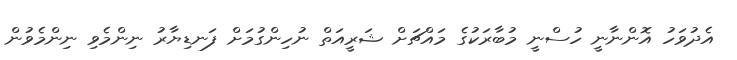
އެދުވަހު އޮންނާނީ ހުސްނީ މުބާރަކުގެ މައްޗަށް ޝަރީއަތް ނުހިންގުމަށް ފަނޑިޔާރު ނިންމެވި ނިންމެވުން